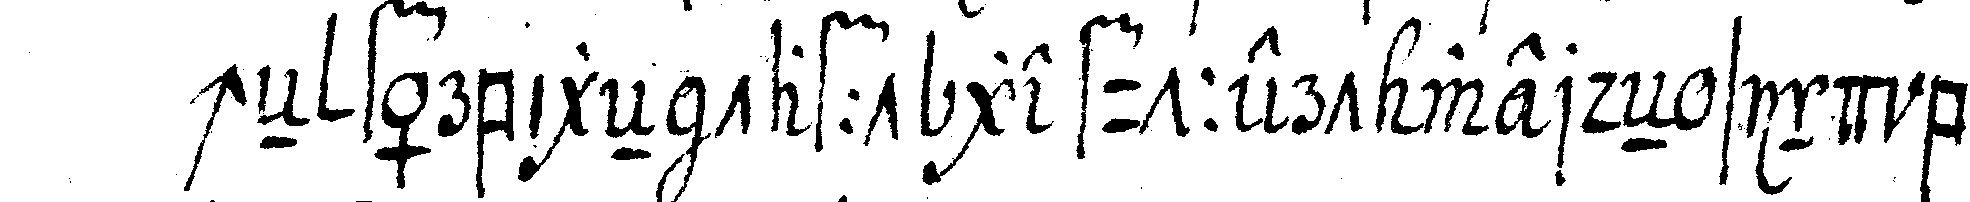
cheN färbigeN tafft gefuttert werdeN sind bey